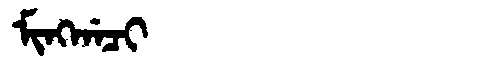
Manchu: ᠮᡳᠩᡤᠠᠴᡳ
Romanization: MINGGACI